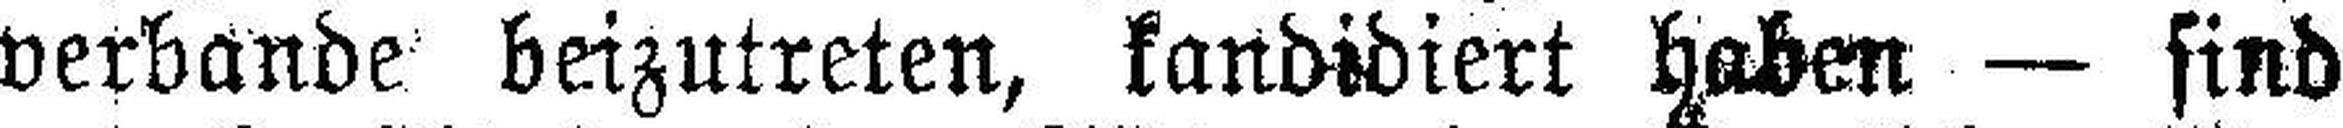
verbande beizutreten, kandidiert haben — sind